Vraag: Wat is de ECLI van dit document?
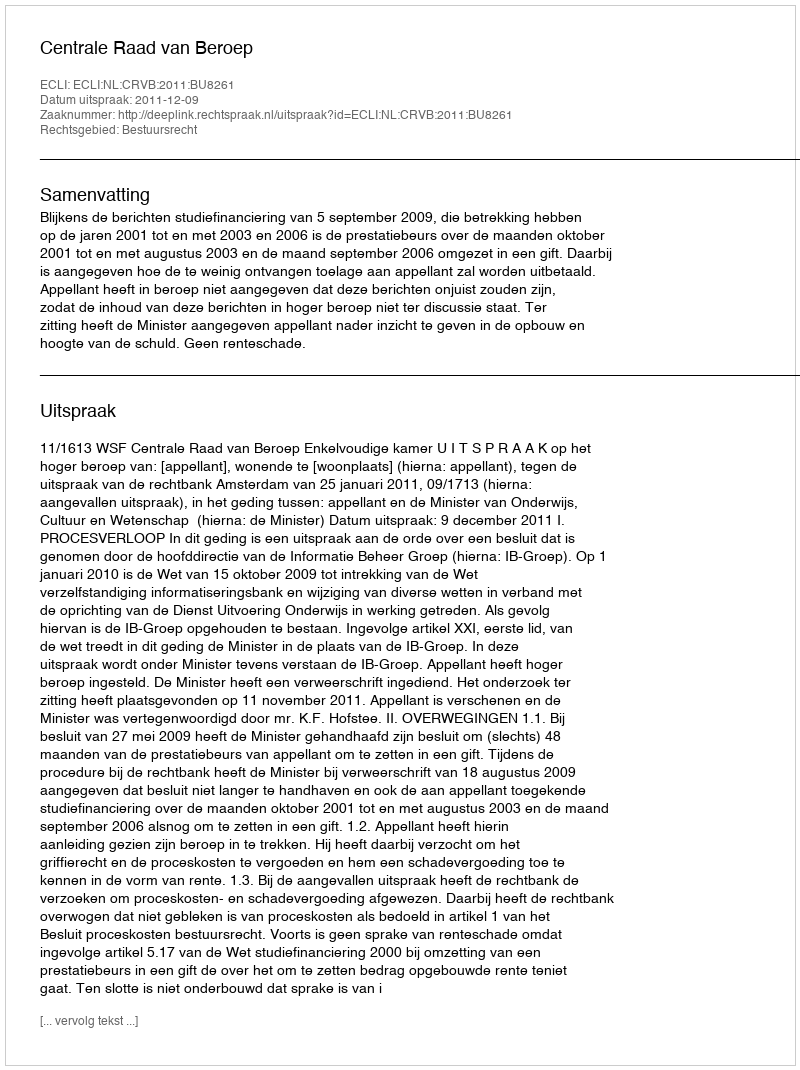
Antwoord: ECLI:NL:CRVB:2011:BU8261